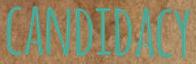
CANDIDACY